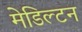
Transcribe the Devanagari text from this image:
मेडिल्टन